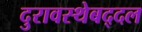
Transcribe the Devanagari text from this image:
दुरावस्थेबद्दल